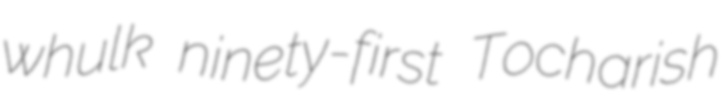
whulk ninety-first Tocharish